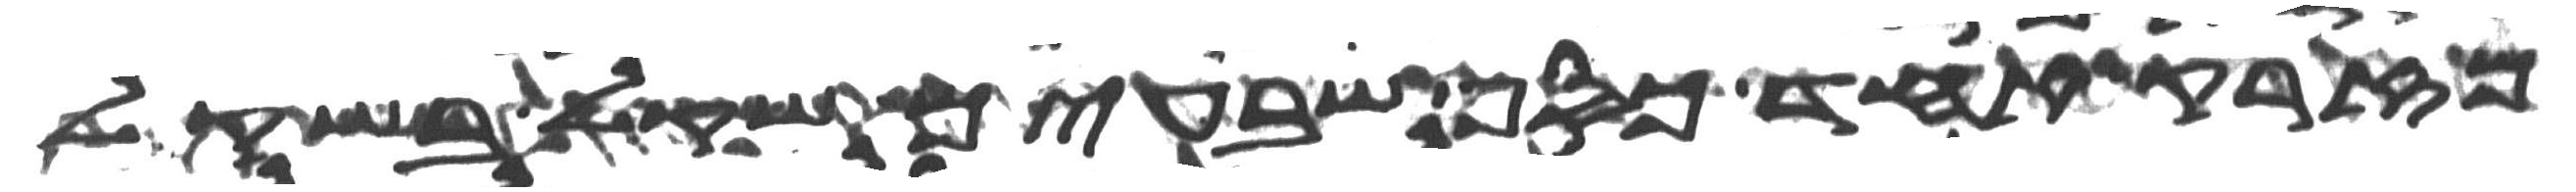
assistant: מזרק אחד כסף שבעים שקל בשקל